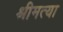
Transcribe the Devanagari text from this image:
श्रीमत्या